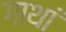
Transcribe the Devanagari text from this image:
गाथां